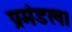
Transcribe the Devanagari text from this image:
प्रमंडल।